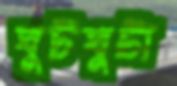
ঘুটঘুটা